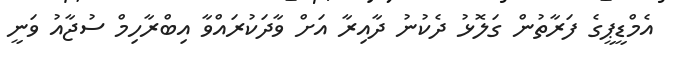
އެމްޑީޕީގެ ފަރާތުން ގަލޮޅު ދެކުނު ދާއިރާ އަށް ވާދަކުރައްވާ އިބްރާހިމް ސުޖާއު ވަނީ